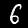
Label: 6